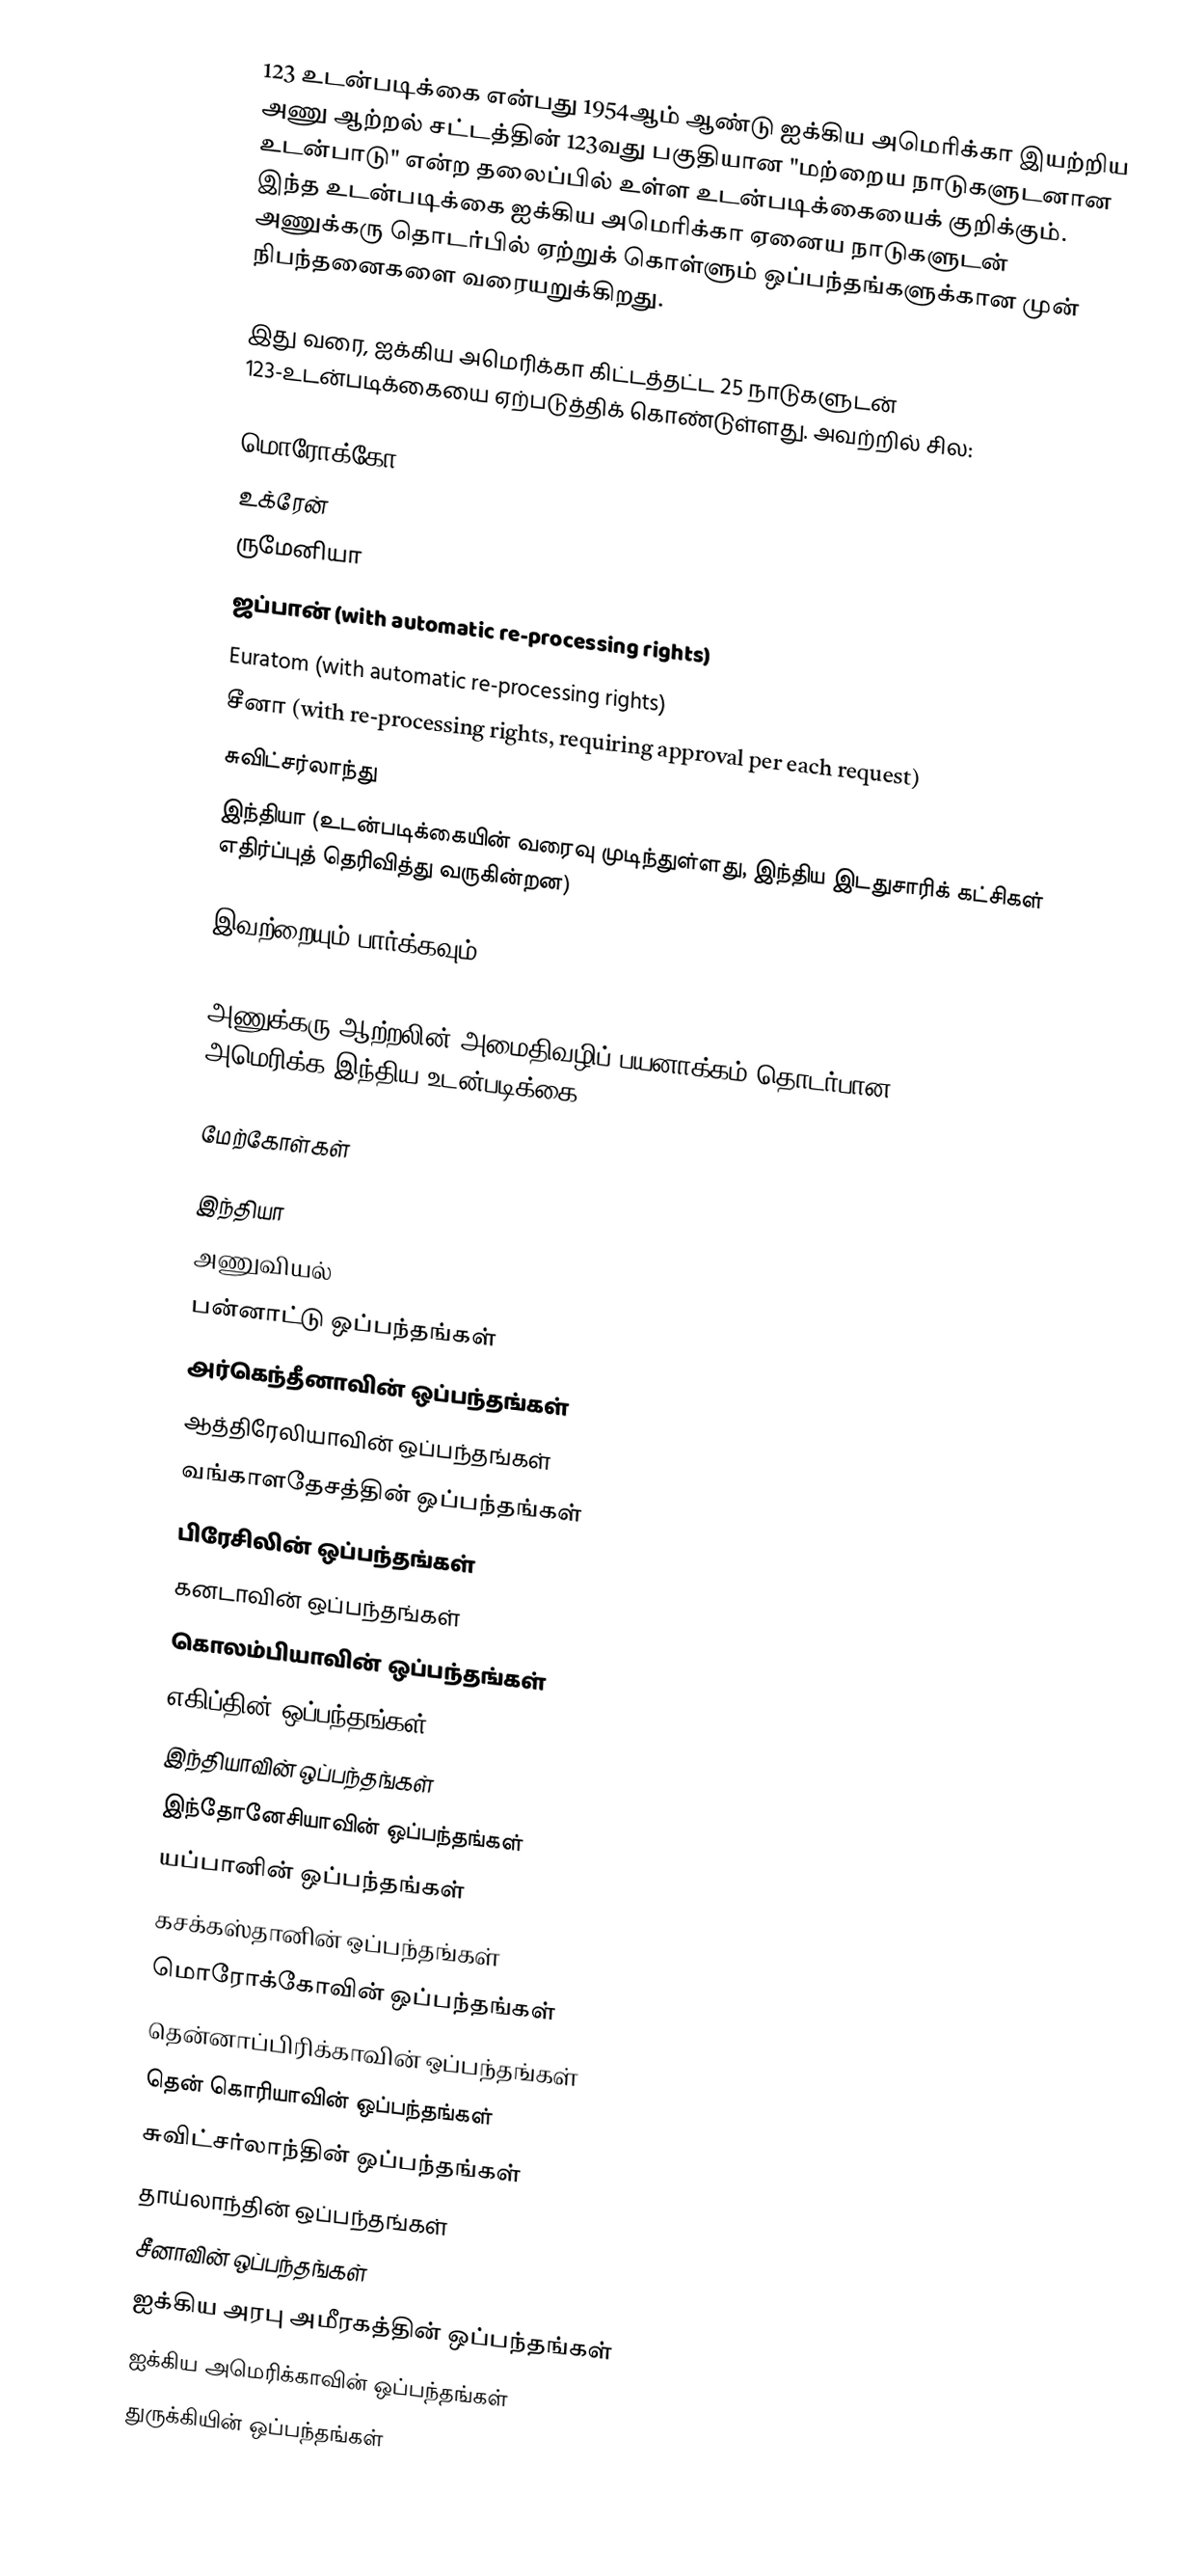
123 உடன்படிக்கை என்பது 1954ஆம் ஆண்டு ஐக்கிய அமெரிக்கா இயற்றிய அணு ஆற்றல் சட்டத்தின் 123வது பகுதியான "மற்றைய நாடுகளுடனான உடன்பாடு" என்ற தலைப்பில் உள்ள உடன்படிக்கையைக் குறிக்கும். இந்த உடன்படிக்கை ஐக்கிய அமெரிக்கா ஏனைய நாடுகளுடன் அணுக்கரு தொடர்பில் ஏற்றுக் கொள்ளும் ஒப்பந்தங்களுக்கான முன் நிபந்தனைகளை வரையறுக்கிறது.

இது வரை, ஐக்கிய அமெரிக்கா கிட்டத்தட்ட 25 நாடுகளுடன் 123-உடன்படிக்கையை ஏற்படுத்திக் கொண்டுள்ளது. அவற்றில் சில:

 மொரோக்கோ
 உக்ரேன்
 ருமேனியா
 ஜப்பான் (with automatic re-processing rights)
 Euratom (with automatic re-processing rights)
 சீனா (with re-processing rights, requiring approval per each request)
 சுவிட்சர்லாந்து
 இந்தியா (உடன்படிக்கையின் வரைவு முடிந்துள்ளது, இந்திய இடதுசாரிக் கட்சிகள் எதிர்ப்புத் தெரிவித்து வருகின்றன)

இவற்றையும் பார்க்கவும்
 Tarapur Atomic Power Station
 அணுக்கரு ஆற்றலின் அமைதிவழிப் பயனாக்கம் தொடர்பான அமெரிக்க-இந்திய உடன்படிக்கை

மேற்கோள்கள்

இந்தியா
அணுவியல்
பன்னாட்டு ஒப்பந்தங்கள்
அர்கெந்தீனாவின் ஒப்பந்தங்கள்
ஆத்திரேலியாவின் ஒப்பந்தங்கள்
வங்காளதேசத்தின் ஒப்பந்தங்கள்
பிரேசிலின் ஒப்பந்தங்கள்
கனடாவின் ஒப்பந்தங்கள்
கொலம்பியாவின் ஒப்பந்தங்கள்
எகிப்தின் ஒப்பந்தங்கள்
இந்தியாவின் ஒப்பந்தங்கள்
இந்தோனேசியாவின் ஒப்பந்தங்கள்
யப்பானின் ஒப்பந்தங்கள்
கசக்கஸ்தானின் ஒப்பந்தங்கள்
மொரோக்கோவின் ஒப்பந்தங்கள்
தென்னாப்பிரிக்காவின் ஒப்பந்தங்கள்
தென் கொரியாவின் ஒப்பந்தங்கள்
சுவிட்சர்லாந்தின் ஒப்பந்தங்கள்
தாய்லாந்தின் ஒப்பந்தங்கள்
சீனாவின் ஒப்பந்தங்கள்
ஐக்கிய அரபு அமீரகத்தின் ஒப்பந்தங்கள்
ஐக்கிய அமெரிக்காவின் ஒப்பந்தங்கள்
துருக்கியின் ஒப்பந்தங்கள்